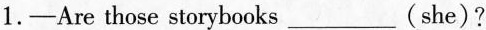
1.—Are those storybooks___(she)?